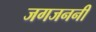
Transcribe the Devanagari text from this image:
जगजननी